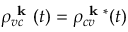
\rho _ { v c } ^ { \textbf { k } } ( t ) = \rho _ { c v } ^ { \textbf { k } * } ( t )